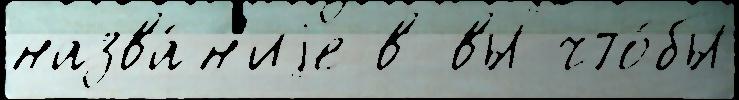
назва́н'иjе в вы что́бы